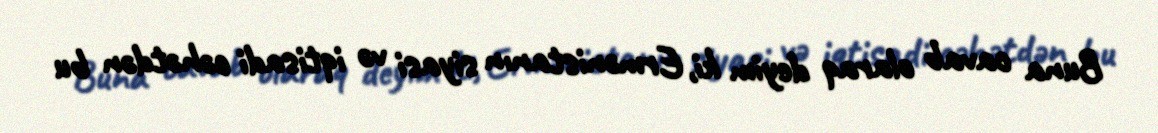
Buna cavab olaraq deyim ki, Ermənistanın siyasi və iqtisadi cəhətdən bu